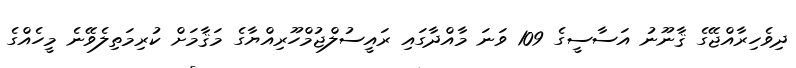
ދިވެހިރާއްޖޭގެ ޤާނޫނު އަސާސީގެ 109 ވަނަ މާއްދާގައި ރައީސުލްޖުމްހޫރިއްޔާގެ މަޤާމަށް ކުރިމަތިލެވޭނެ މީހެއްގެ